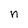
Character: n